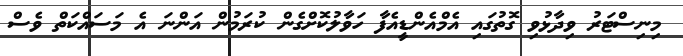
މިނިސްޓަރު ވިދާޅުވި ގޮތުގައި އެމްއެންޑީއެފާ ހަވާލުކޮށްގެން ކުރަމުން އަންނަ އެ މަސައްކަތް ވެސް